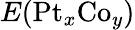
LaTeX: E(\mathrm{Pt}_{x}\mathrm{Co}_{y})